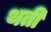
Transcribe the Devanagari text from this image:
थती